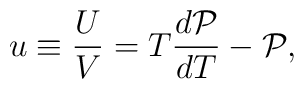
u \equiv \frac{U}{V} = T \frac{d{\cal P}}{dT} - {\cal P},